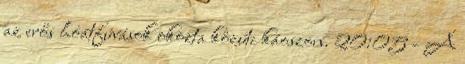
az erős hóátfúvások okozta közúti káoszon. 20:05 - A